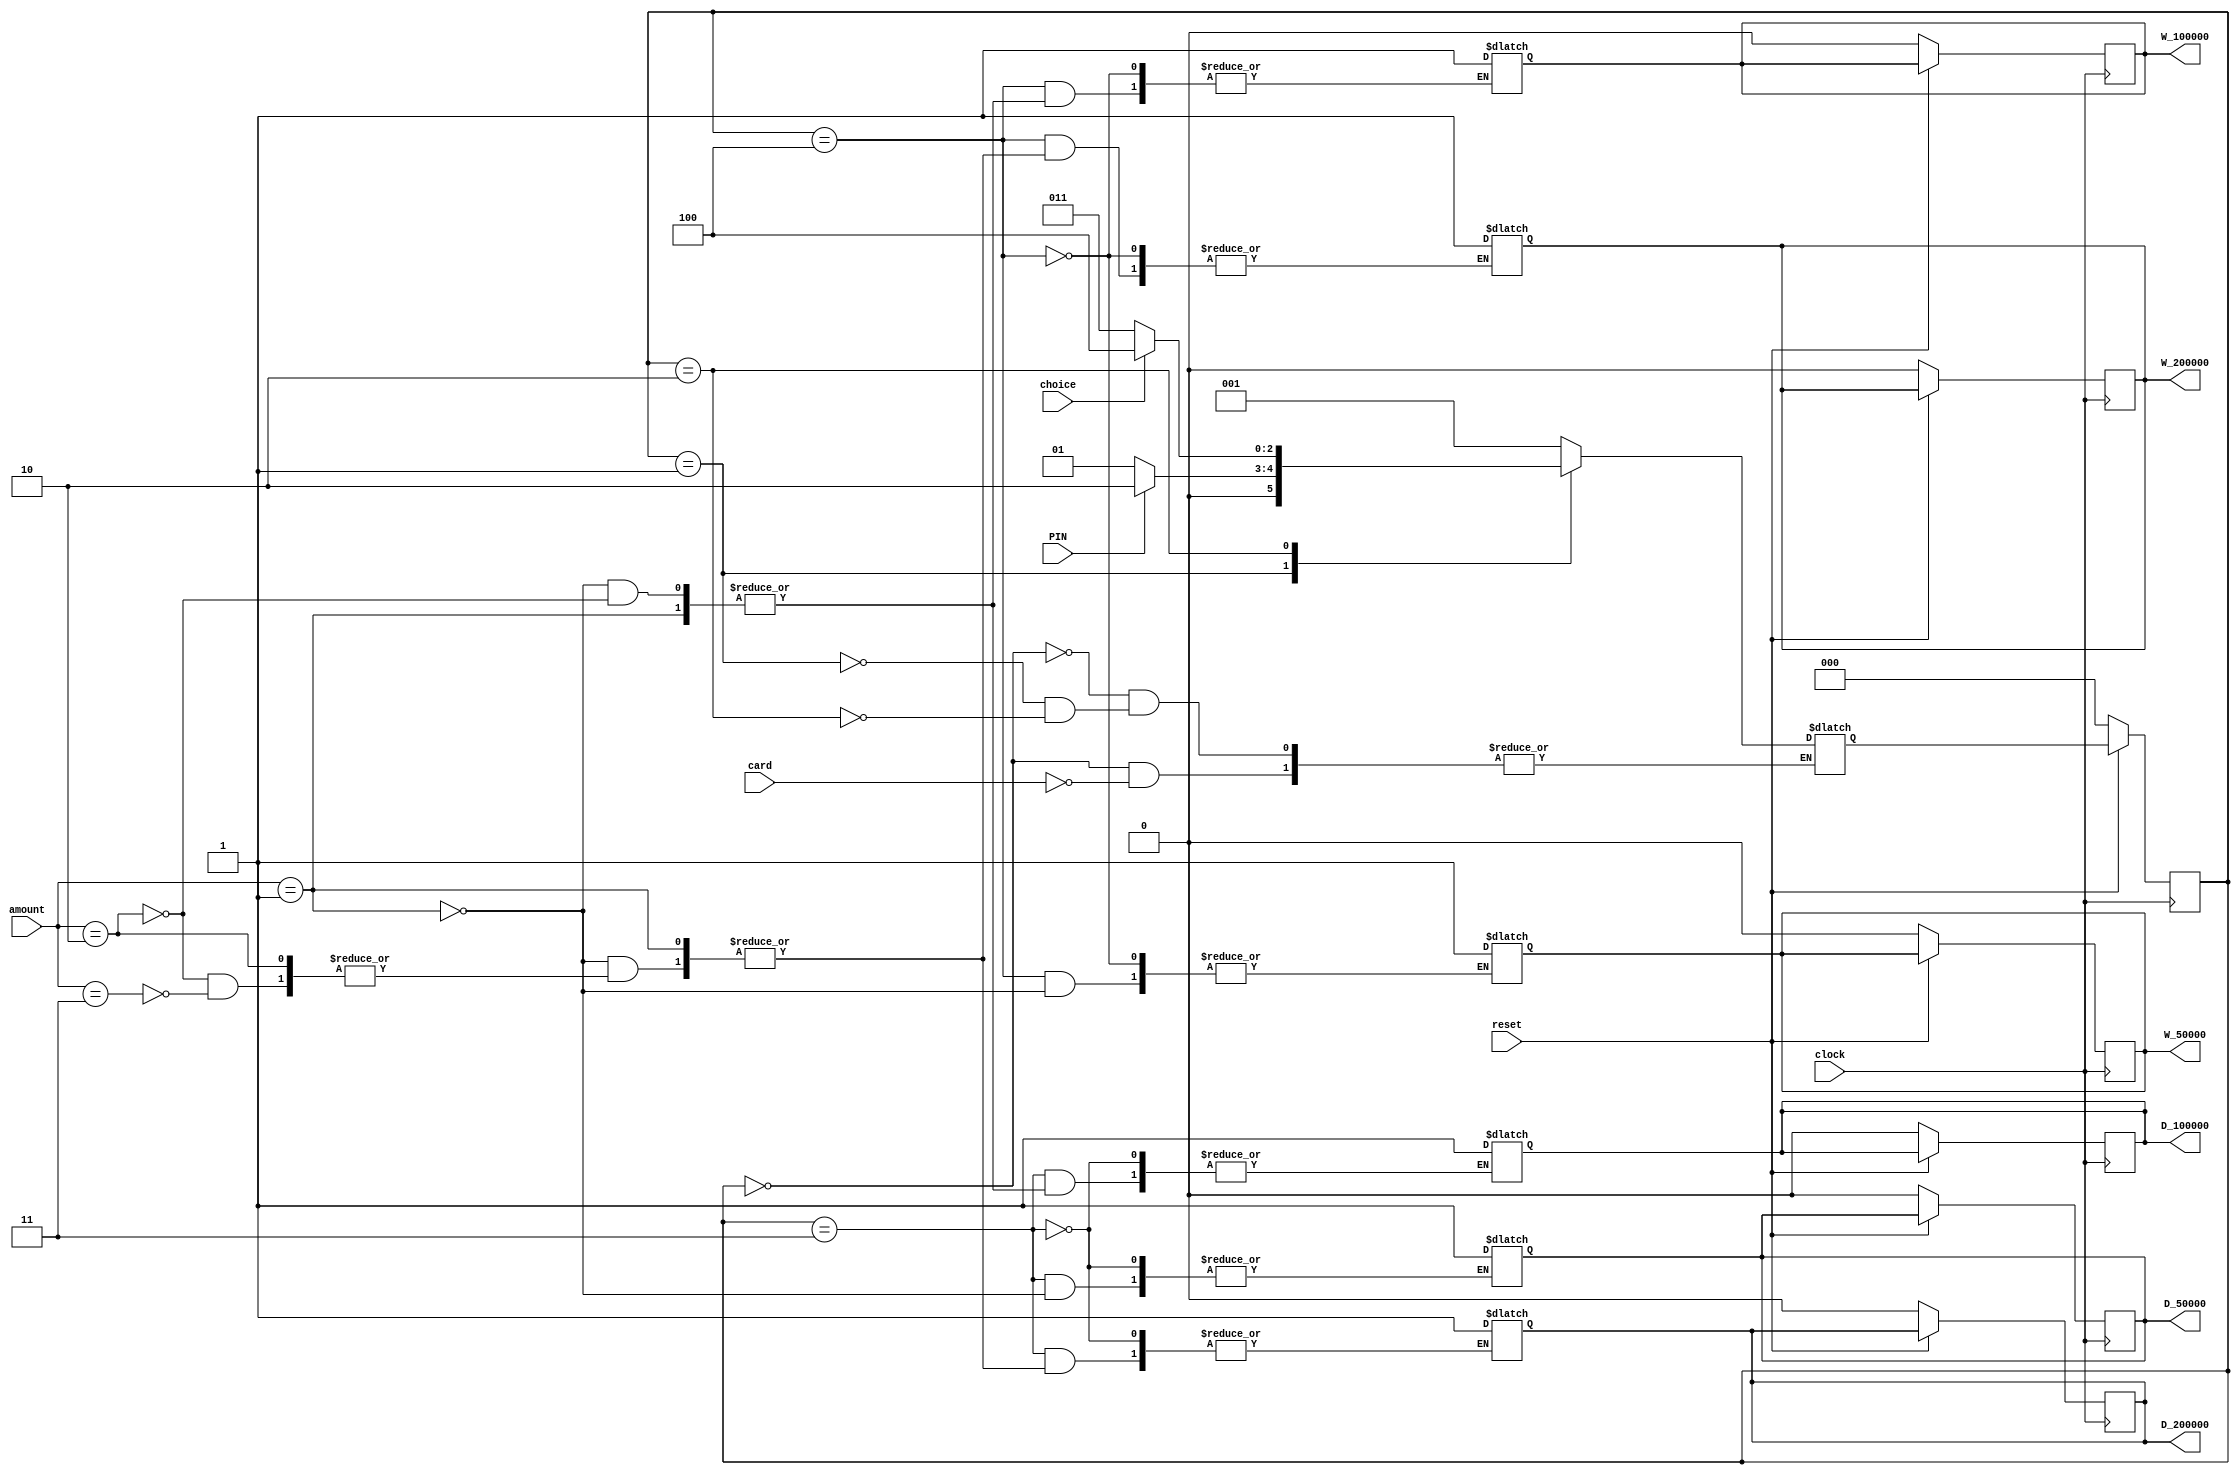
module ATM_dut(
    reset,
    card,
    PIN,
    clock,
    amount,
    choice, 
    // Withdraw
    W_50000,
    W_100000,
    W_200000,
    // Deposit
    D_50000,
    D_100000,
    D_200000
);

input clock;
input reset;
input card;
input PIN;
input choice;
input [1:0] amount;

// wire amount[1:0];
output W_50000;
output W_100000;
output W_200000;

output D_50000;
output D_100000;
output D_200000;

reg restart;

reg W_50000;
reg W_100000;
reg W_200000;

reg D_50000;
reg D_100000;
reg D_200000;

reg [2:0] state, next_state;

parameter [1:0] FIFTY = 2'b01;
parameter [1:0] HUNDRED = 2'b10;
parameter [1:0] TWO_HUNDRED = 2'b11;

parameter [2:0] START = 3'b000;
parameter [2:0] CARD_INSERTED = 3'b001;
parameter [2:0] MENU = 3'b010;
parameter [2:0] DEPOSIT = 3'b011;
parameter [2:0] WITHDRAW = 3'b100;

initial begin
    state <= START;
    next_state <= START;
end

// always @(*) 
always @(state or PIN or card or choice or amount) 
begin
    $display("Input handling");
    $display(card);
    case(state)
        START:
            // $display("Does it even go here 2?");
            if(card == 1'b1) begin
                
                next_state <= CARD_INSERTED;
            end
        CARD_INSERTED:
            if(PIN == 1'b1) begin
                next_state <= MENU;
            end
            else if(PIN == 1'b0) begin
                next_state <= CARD_INSERTED;
            end
        MENU:
            // If user chooses deposit
            if(choice == 1'b0) begin
                next_state <= DEPOSIT;
            end
            else if(choice == 1'b1) begin
                next_state <= WITHDRAW;
            end
        DEPOSIT:
            if(amount == FIFTY) begin
                D_50000  <= 1'b1;
                restart <= 1'b1;
            end
            else if(amount == HUNDRED) begin
                D_100000 <= 1'b1;
                restart <= 1'b1;
            end
            else if(amount == TWO_HUNDRED) begin
                D_200000 <= 1'b1;
                restart <= 1'b1;
            end
        WITHDRAW:
            if(amount == FIFTY) begin
                W_50000  <= 1'b1;
                restart <= 1'b1;
            end
            else if(amount == HUNDRED) begin
                W_100000 <= 1'b1;
                restart <= 1'b1;
            end
            else if(amount == TWO_HUNDRED) begin
                W_200000 <= 1'b1;
                restart <= 1'b1;
            end
    endcase
end

always @(posedge clock)
begin
    $display("Posedge clock");
    if(reset == 0) begin
        state <= START;

        D_50000 <= 1'b0;
        D_100000 <= 1'b0;
        D_200000 <= 1'b0;
        
        W_50000 <= 1'b0;
        W_100000 <= 1'b0;
        W_200000 <= 1'b0;
    end
    else begin
        state <= next_state;
    end
end
endmodule